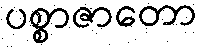
ပစ္စာဇာတော